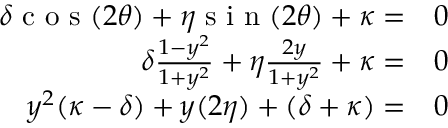
\begin{array} { r l } { \delta \textrm { c o s } ( 2 \theta ) + \eta \textrm { s i n } ( 2 \theta ) + \kappa = } & { { } 0 } \\ { \delta \frac { 1 - y ^ { 2 } } { 1 + y ^ { 2 } } + \eta \frac { 2 y } { 1 + y ^ { 2 } } + \kappa = } & { { } 0 } \\ { y ^ { 2 } ( \kappa - \delta ) + y ( 2 \eta ) + ( \delta + \kappa ) = } & { { } 0 } \end{array}